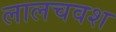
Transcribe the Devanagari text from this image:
लालचवश